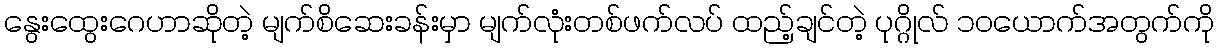
နွေးထွေးဂေဟာဆိုတဲ့ မျက်စိဆေးခန်းမှာ မျက်လုံးတစ်ဖက်လပ် ထည့်ချင်တဲ့ ပုဂ္ဂိုလ် ၁၀ယောက်အတွက်ကို